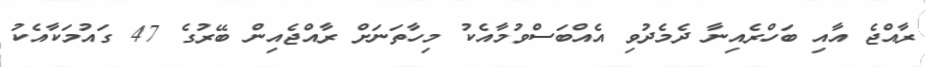
ރާއްޖެ އާއި ބަހްރެއިނާ ދެމެދުވި އެއްބަސްވުމާއެކު މިހާތަނަށް ރާއްޖެއިން ބޭރުގެ 47 ގައުމަކާއެކު